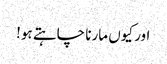
اور کیوں مارنا چاہتے ہو!